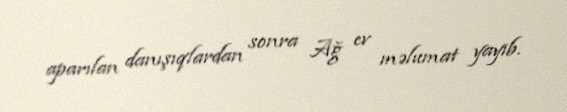
aparılan danışıqlardan sonra Ağ ev məlumat yayıb.